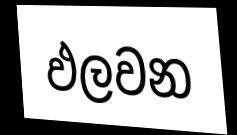
ඵලවන